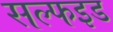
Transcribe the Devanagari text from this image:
सल्फइड